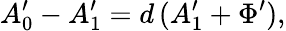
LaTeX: A_{0}^{\prime}-A_{1}^{\prime}=d\, (A_{1}^{\prime}+\Phi^{\prime}),